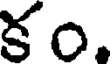
కం.